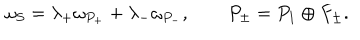
LaTeX: \omega _ { S } = \lambda _ { + } \omega _ { P _ { + } } + \lambda _ { - } \omega _ { P _ { - } } , \qquad P _ { \pm } = P _ { 1 } \oplus F _ { \pm } .